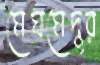
মেঘমেদুর